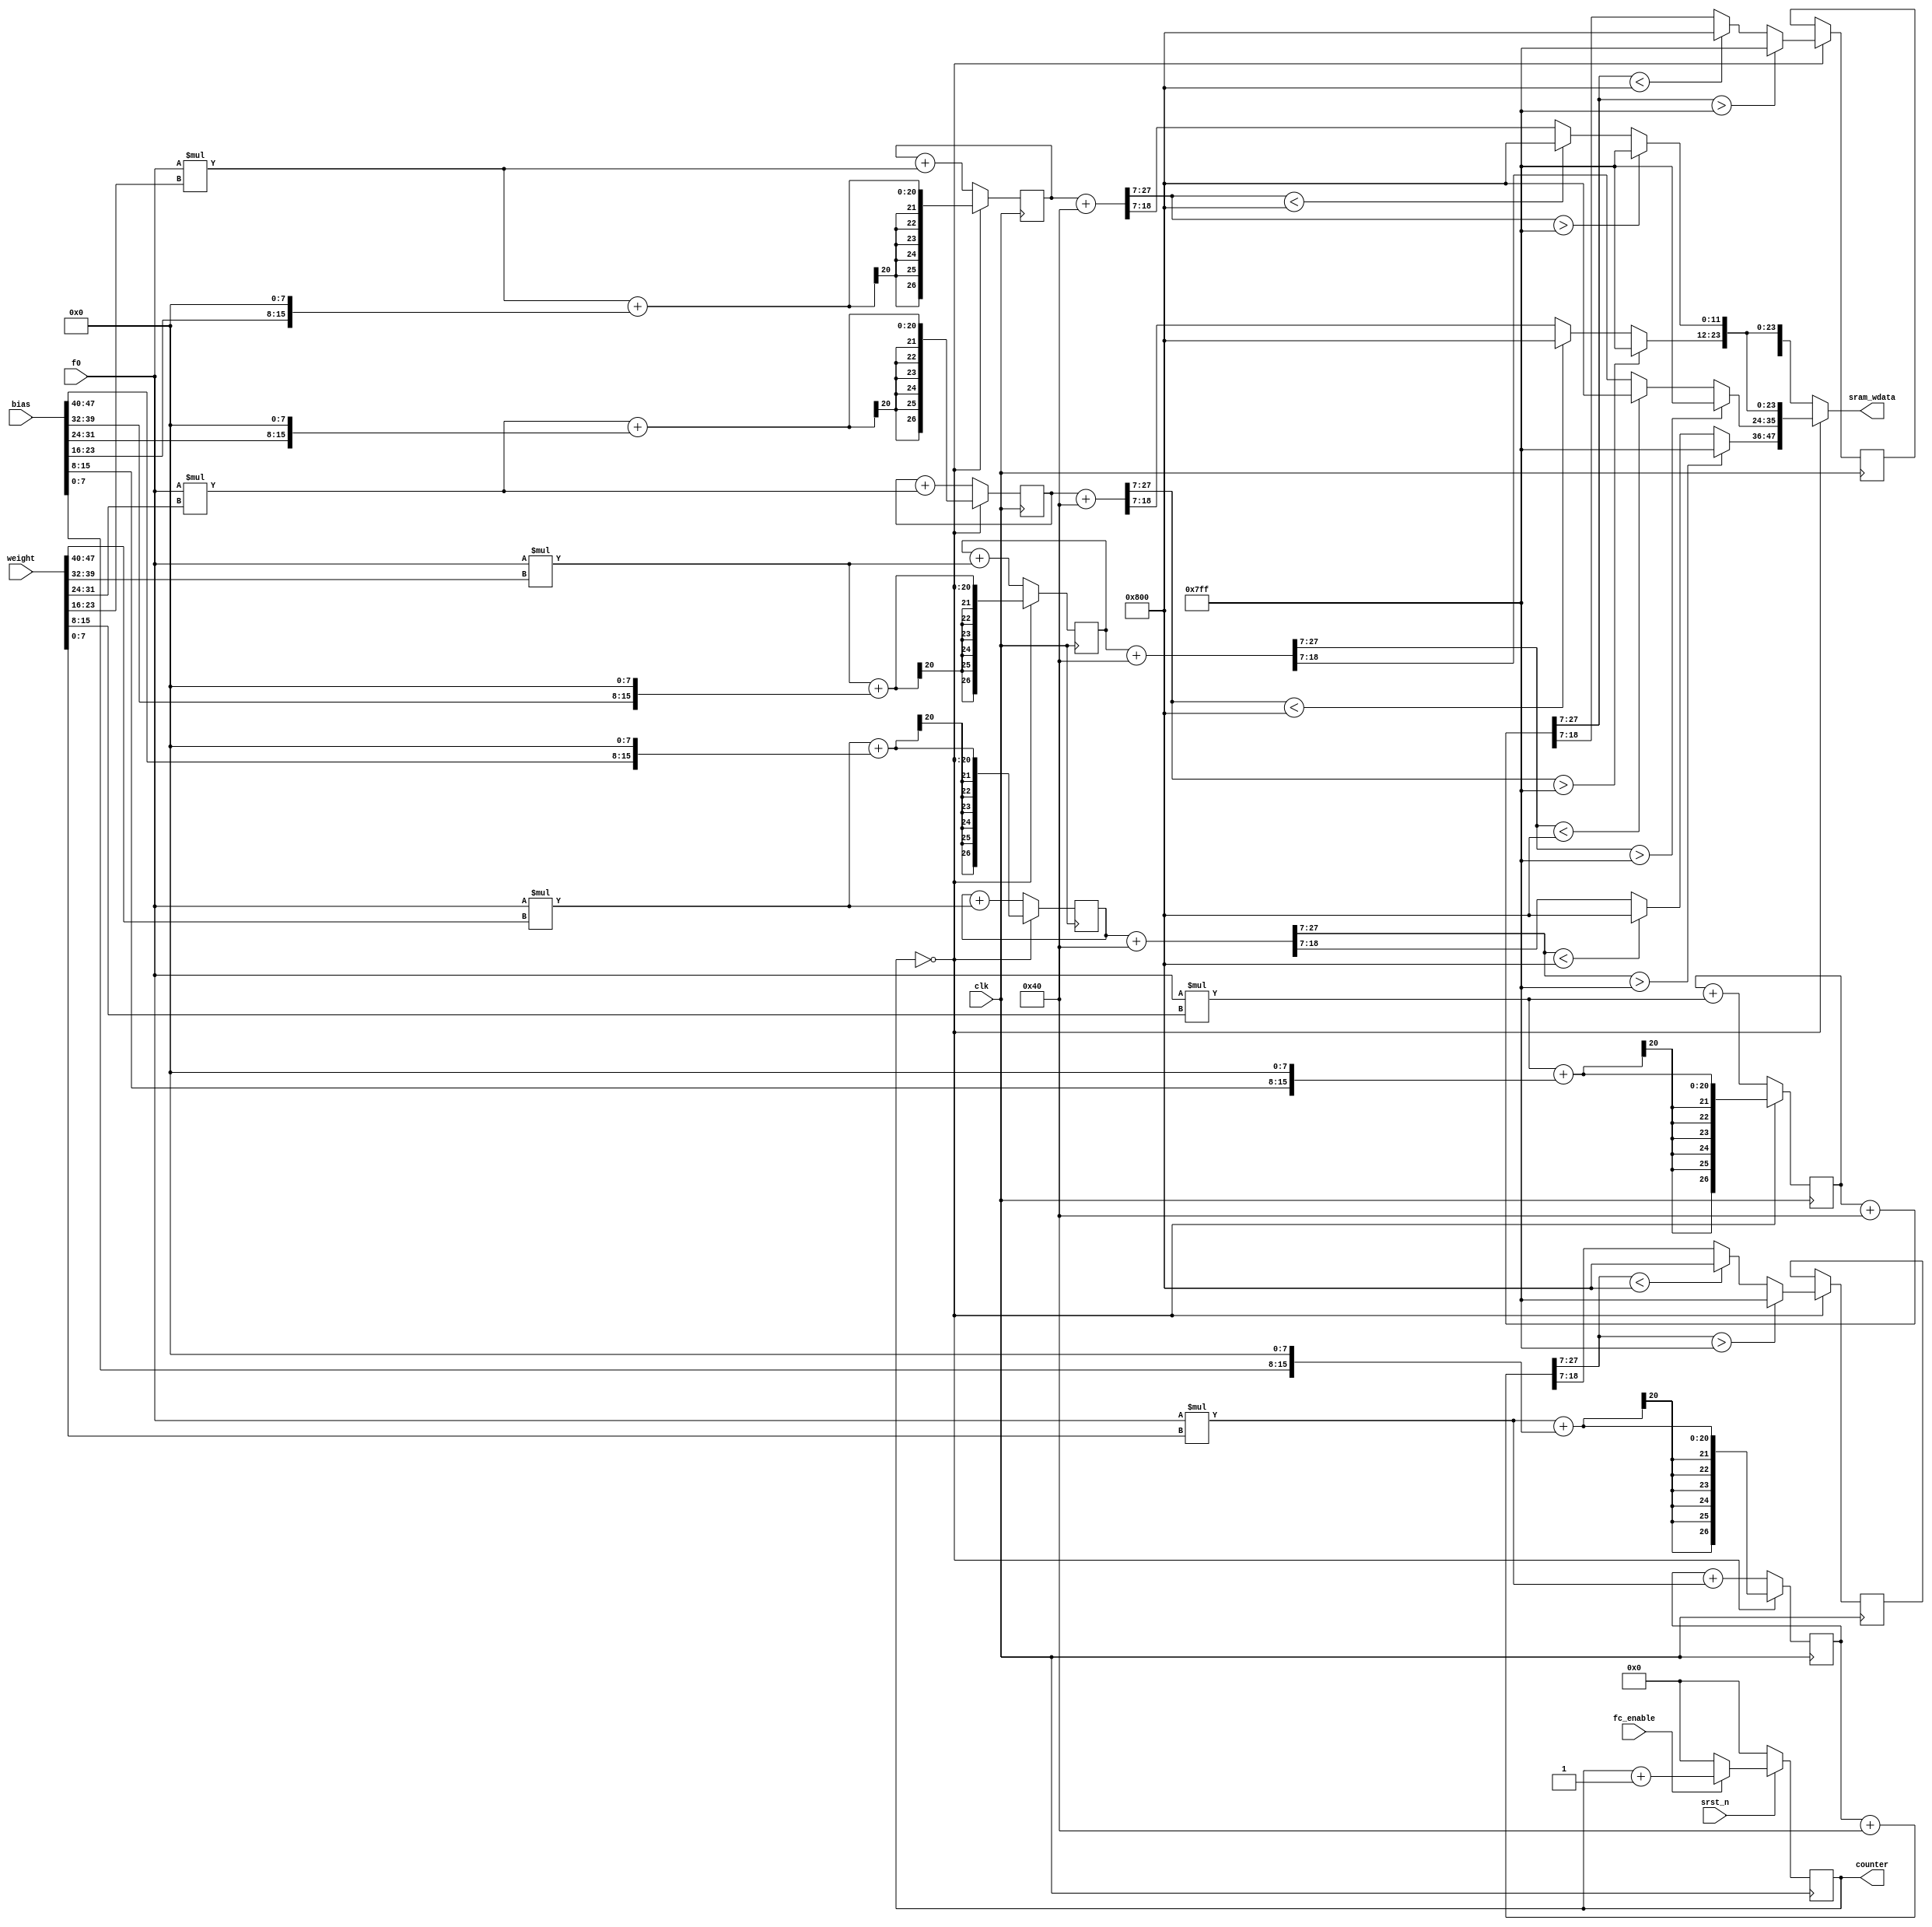
module fc #(
parameter CH_NUM = 1,  //channel number
parameter ACT_PER_ADDR = 4, //how many pixel
parameter BW_PER_ACT = 12, //bit per pixel
parameter WEIGHT_PER_ADDR = 9, //how many weight per address
parameter BIAS_PER_ADDR = 1,
parameter BW_PER_PARAM = 8, //weight and bias bit numbers
parameter CONV3_BW = BW_PER_ACT+BW_PER_PARAM+3
) 
(
input signed[BW_PER_ACT-1:0]f0,//1 pixel 12 bits
input clk,
input srst_n,
input fc_enable,
input [47:0]weight,
input [47:0]bias,
output reg[ACT_PER_ADDR*BW_PER_ACT-1:0]sram_wdata,  //six pixels output, first output 0~3 channel, second output 4~5 channel
output reg[5:0]counter
);

reg signed[7:0] w[0:5];
reg signed[7:0] b[0:5];
reg [5:0]next_counter;

always @*begin
  {w[0],w[1],w[2],w[3],w[4],w[5]} = weight;
  {b[0],b[1],b[2],b[3],b[4],b[5]} = bias;
end



always @*begin
  if(fc_enable)
    next_counter = counter + 1;
  else
    next_counter = 0;
end

always @(posedge clk)begin
  if(~srst_n)
    counter <= 0;
  else
    counter <= next_counter;
end

reg signed[20-1:0]ch[0:5];
reg signed[27-1:0]temp_out_ch[0:5];
reg signed[27-1:0]out_ch[0:5];
always @*begin
  ch[0] = f0*w[0];
  ch[1] = f0*w[1];
  ch[2] = f0*w[2];
  ch[3] = f0*w[3];
  ch[4] = f0*w[4];
  ch[5] = f0*w[5];
end

always @*begin
  if(counter == 2'd0)begin
    temp_out_ch[0] = ch[0] + (b[0] << 8);
    temp_out_ch[1] = ch[1] + (b[1] << 8);
    temp_out_ch[2] = ch[2] + (b[2] << 8);
    temp_out_ch[3] = ch[3] + (b[3] << 8);
    temp_out_ch[4] = ch[4] + (b[4] << 8);
    temp_out_ch[5] = ch[5] + (b[5] << 8);
  end
  else  begin
    temp_out_ch[0] = out_ch[0] + ch[0];
    temp_out_ch[1] = out_ch[1] + ch[1];
    temp_out_ch[2] = out_ch[2] + ch[2];
    temp_out_ch[3] = out_ch[3] + ch[3];
    temp_out_ch[4] = out_ch[4] + ch[4];
    temp_out_ch[5] = out_ch[5] + ch[5];
  end
end
integer i;
always @(posedge clk)begin
  for(i=0; i<6; i=i+1)begin
    out_ch[i] <= temp_out_ch[i];
  end
end

// rouding and quantize and output and store
reg signed[12-1:0]result[0:5];
wire signed[27-1:0]q_output[0:5];
assign q_output[0] = (out_ch[0] + 64) >>>7;
assign q_output[1] = (out_ch[1] + 64) >>>7;
assign q_output[2] = (out_ch[2] + 64) >>>7;
assign q_output[3] = (out_ch[3] + 64) >>>7;
assign q_output[4] = (out_ch[4] + 64) >>>7;
assign q_output[5] = (out_ch[5] + 64) >>>7;

always @*begin
  if(q_output[0] > 2047)
    result[0] = 2047;
  else if(q_output[0] < -2048)
    result[0] = -2048;
  else
    result[0] = q_output[0][11:0];
end

always @*begin
  if(q_output[1] > 2047)
    result[1] = 2047;
  else if(q_output[1] < -2048)
    result[1] = -2048;
  else
    result[1] = q_output[1][11:0];
end 

always @*begin
  if(q_output[2] > 2047)
    result[2] = 2047;
  else if(q_output[2] < -2048)
    result[2] = -2048;
  else
    result[2] = q_output[2][11:0];
end

always @*begin
  if(q_output[3] > 2047)
    result[3] = 2047;
  else if(q_output[3] < -2048)
    result[3] = -2048;
  else
    result[3] = q_output[3][11:0];
end

always @*begin
  if(q_output[4] > 2047)
    result[4] = 2047;
  else if(q_output[4] < -2048)
    result[4] = -2048;
  else
    result[4] = q_output[4][11:0];
end 

always @*begin
  if(q_output[5] > 2047)
    result[5] = 2047;
  else if(q_output[5] < -2048)
    result[5] = -2048;
  else
    result[5] = q_output[5][11:0];
end

reg [11:0]temp_result[0:1];

always @(posedge clk)begin
  if(counter == 6'd0)begin
    temp_result[0] <= result[4];
    temp_result[1] <= result[5];
  end
end

always @*begin
  if(counter == 6'd0)
    sram_wdata = {result[0],result[1],result[2],result[3]};
  else
    sram_wdata = {temp_result[0],temp_result[1],result[2],result[3]};
end

endmodule